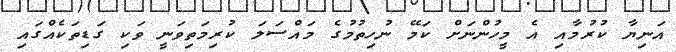
އަނިޔާ ކުރުމާއި އެ މީހުންނަށް ކަމޭ ނުހިތުމުގެ މައްސަލަ ކުރިމަތިވަނީ ވަކި ގަޑިތަކެއްގައި